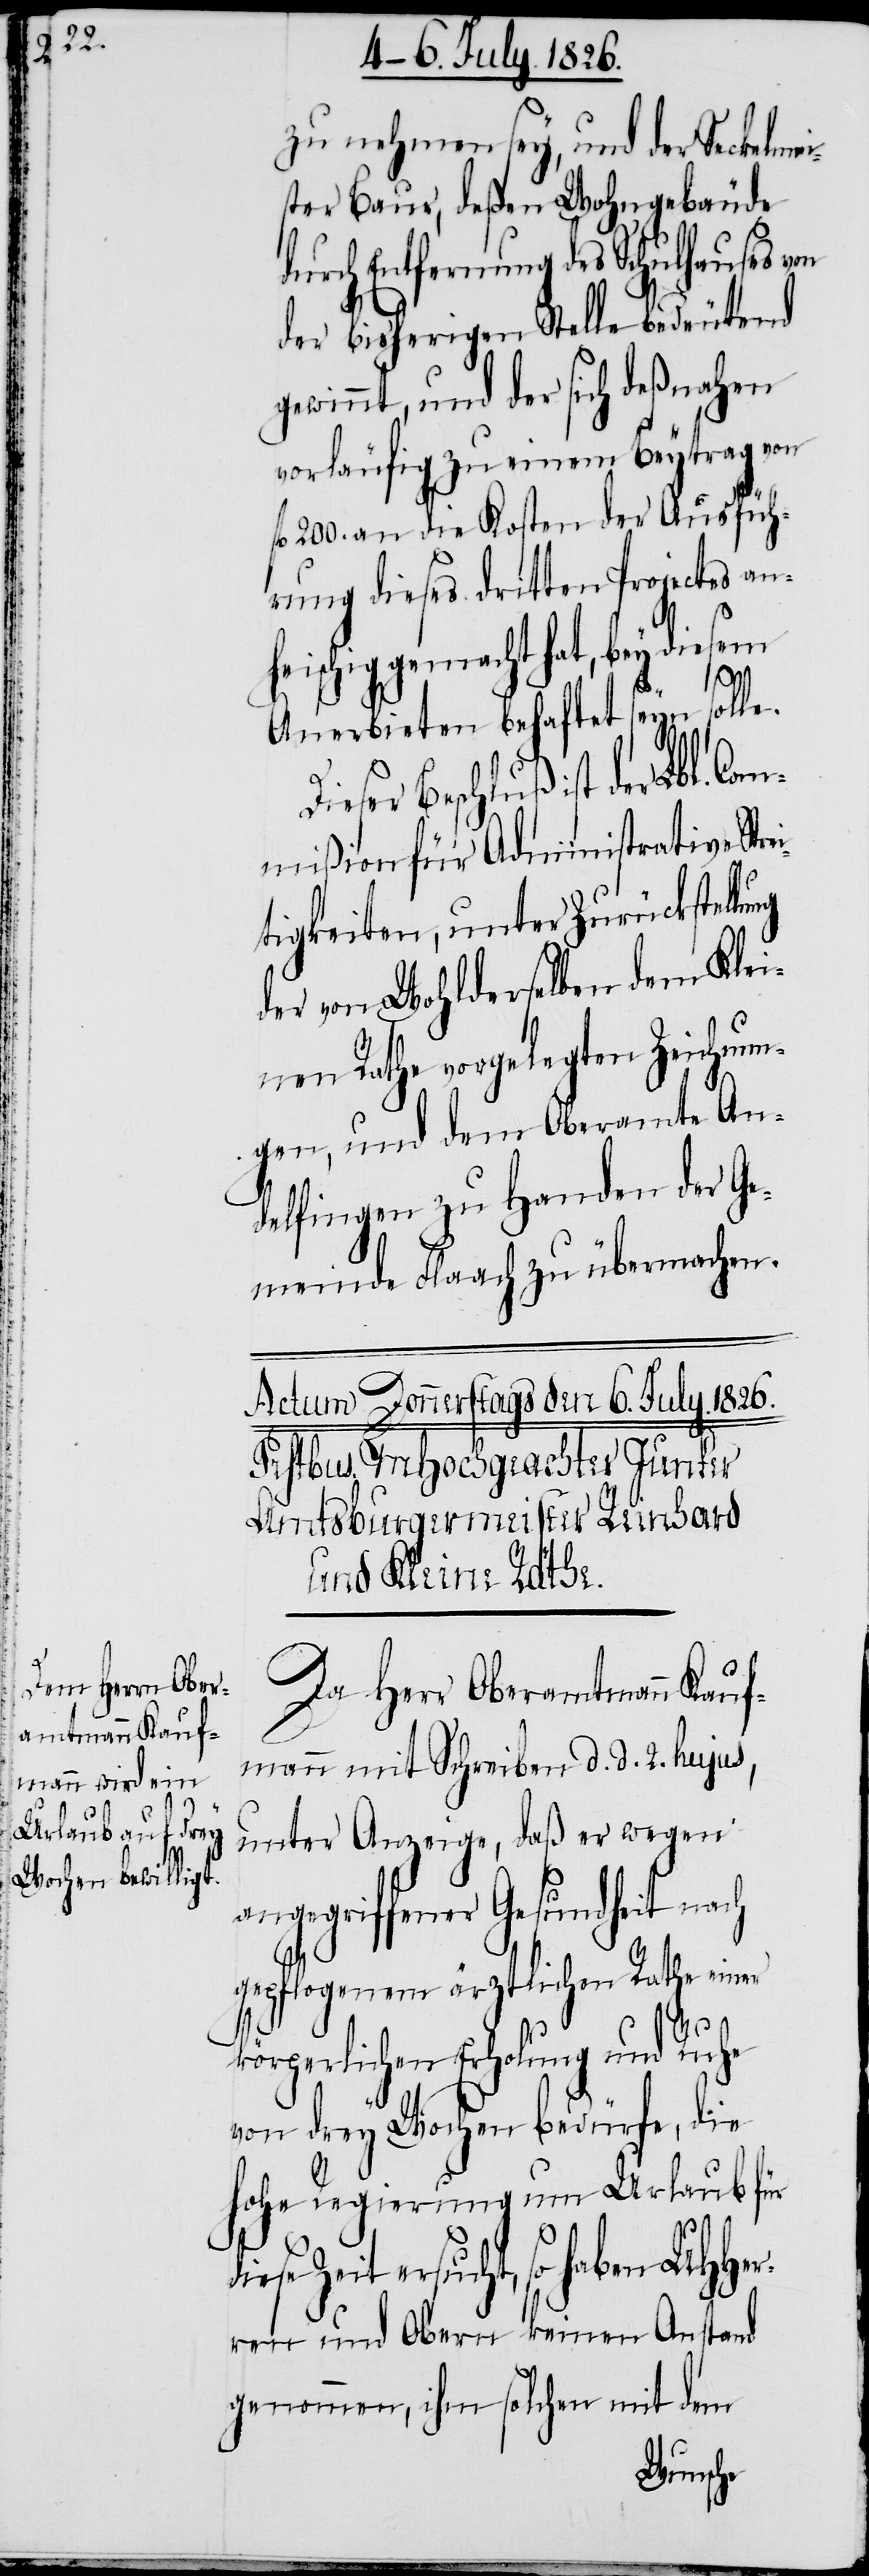
ung

zu nehmen sey, und der Seckelme¬
ster Baur, deßen Wohngebäude
durch Entfernung des Schulhauses von
der bisherigen Stelle bedeutend
gewinnt, und der sich dessnahen
vorläufig zu einem Beytrag von
l. 200. an die Kosten der Ausfüh¬
rung dieses dritten Projectes an¬
heischig gemacht hat, bey diesem
Anerbieten behaftet seyn solle.
ist der Lbl. Com¬
mißion für Administrative Str¬
tigkeiten, unter Zurückstell¬
der von Wohlderselben dem Klei¬
nen Rathe vorgelegten Zeichnun¬
gen, und dem Oberamte An¬
delfingen zu Handen der Ge¬
meinde Flaach zu übermachen.
Da Herr Oberamtmann Kauf¬
mann mit Schreiben d. d. 2. hujus,
unter Anzeige, daß er wegen
angegriffener Gesundheit nach
gepflogenem ärztlichen Rathe einer
körperlichen Erholung und Ruhe
von drey Wochen bedürfe, die
hohe Regierung um Urlaub für
d¬
iese Zeit ersucht, so haben MHHer¬
ren und Obern keinen Anstand
genommen, ihm solchen mit dem